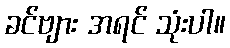
ခင်ဗျား အရင် သုံးပါ။